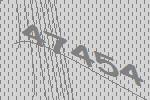
47454